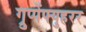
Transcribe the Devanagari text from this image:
ग्रुप्पेंफ्युहरर